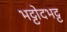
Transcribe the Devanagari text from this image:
भट्टोदभट्ट